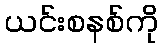
ယင်းစနစ်ကို